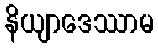
နိယျာဒေဿာမ